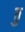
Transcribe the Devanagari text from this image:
ठु